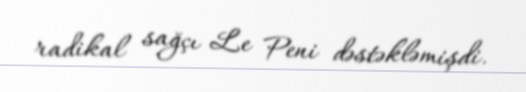
radikal sağçı Le Peni dəstəkləmişdi.